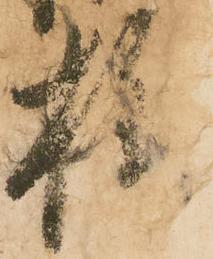
様